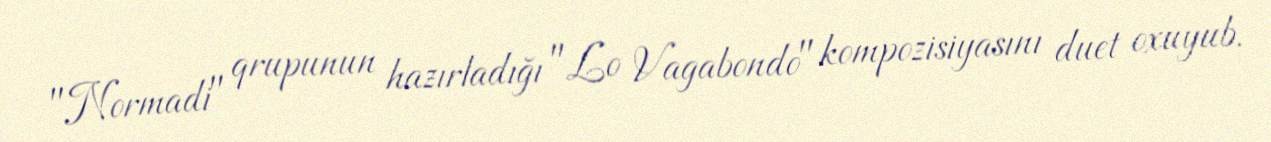
"Normadi" qrupunun hazırladığı "Lo Vagabondo" kompozisiyasını duet oxuyub.